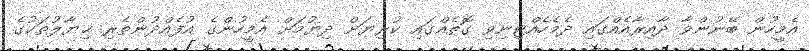
އެމީހުން ބޭނުންވާ ދާއިރާއެއްގައި ދެމެހެއްޓިނިވި ގޮތެއްގައި ކުރިޔަށް ދިޔުމަށް އެމީހުންގެ އުފެއްދުންތެރި ޚިޔާލުތަކުގެ